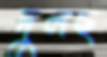
দুলছ